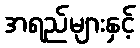
အရည်များနှင့်